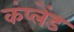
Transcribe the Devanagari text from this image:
कंप्लेंड